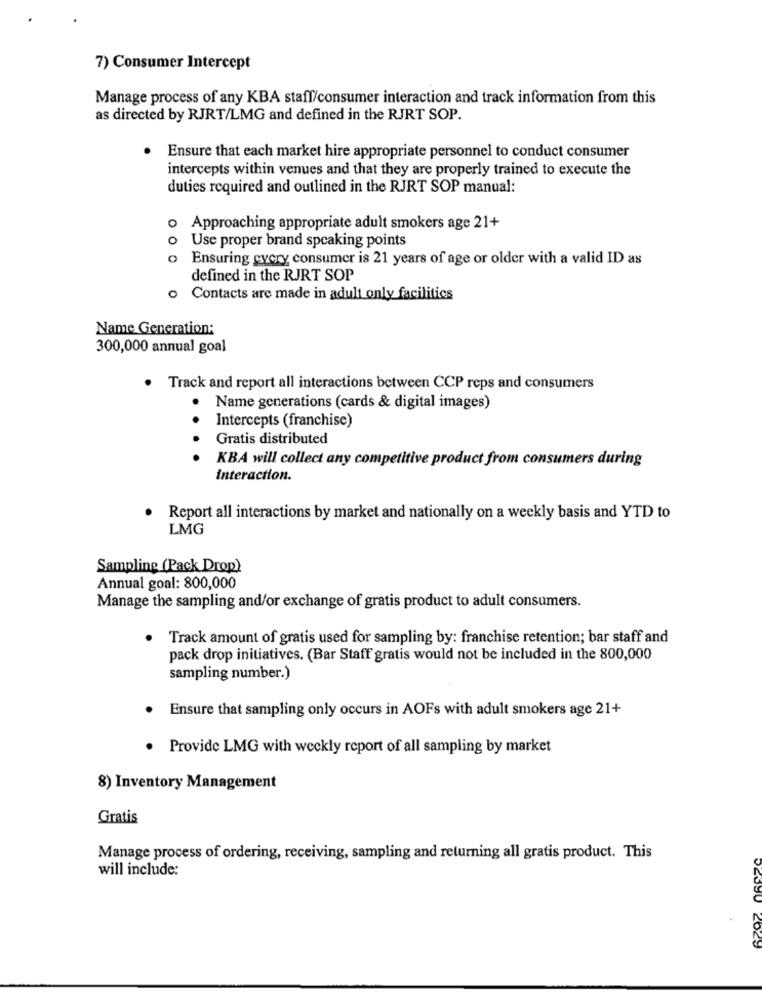
7) Consumer Intercept
Manage process of any KBA staff/consumer interaction and track information from this
as directed by RJRT/LMG and defined in the RJRT SOP.
Ensure that each market hire appropriate personnel to conduct consumer
intercepts within venues and that they are properly trained to execute the
duties required and outlined in the RJRT SOP manual:
O
Approaching appropriate adult smokers age 21+
o Use proper brand speaking points
Ensuring cycry consumer is 21 years of age or older with a valid ID as
defined in the RJRT SOP
Contacts are made in adult only facilities
Name Generation:
300,000 annual goal
. Track and report all interactions between CCP reps and consumers
.
Name generations (cards & digital images)
Intercepts (franchise)
Gratis distributed
KBA will collect any competitive product from consumers during
interaction.
Report all interactions by market and nationally on a weekly basis and YTD to
LMG
Sampling (Pack Drop)
Annual goal: 800,000
Manage the sampling and/or exchange of gratis product to adult consumers.
Track amount of gratis used for sampling by: franchise retention; bar staff and
pack drop initiatives. (Bar Staff gratis would not be included in the 800,000
sampling number.)
Ensure that sampling only occurs in AOFs with adult smokers age 21+
. Provide LMG with weekly report of all sampling by market
8) Inventory Management
Gratis
Manage process of ordering, receiving, sampling and returning all gratis product. This
will include:
DEDJU 2029